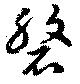
磐